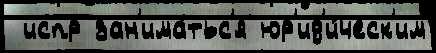
 испр зан'има́тьс'я юр'ид'и́ческ'им